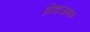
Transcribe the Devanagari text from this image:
ब्रीडाजनक